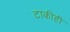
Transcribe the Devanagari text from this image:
टाकीही